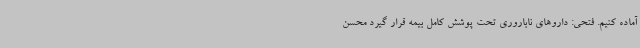
آماده کنیم. فتحی: داروهای ناباروری تحت پوشش کامل بیمه قرار گیرد محسن